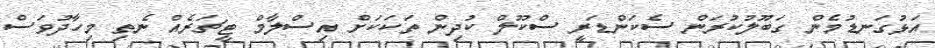
އަޅުގަނޑުމެން ގަބޫލުކުރަން ސެކަންޑަރީ ސްކޫލް ކުދިން ތަކަކަށް އިސްލާމް ޓީޗަރެއް ނެތި މިހާދުވަސް